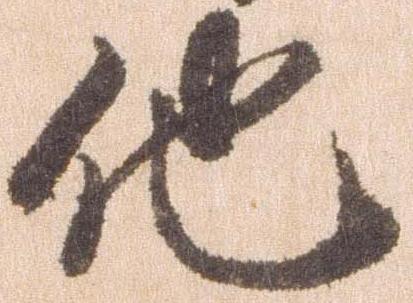
他